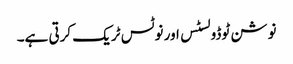
نوشن ٹوڈو لسٹس اور نوٹس ٹریک کرتی ہے۔